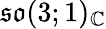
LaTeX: {\mathfrak{so}}(3;1)_{\mathbb{C}}